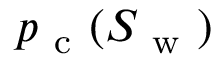
p _ { \mathrm { ~ c ~ } } ( S _ { \mathrm { ~ w ~ } } )